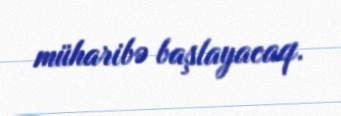
müharibə başlayacaq.